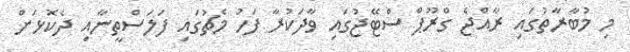
މި މުބާރާތުގައި ރާއްޖެ ގްރޫޕް ސްޓޭޖުގައި ވާދަކުރާ ފަހު މެޗުގައި ފަލަސްތީނާއި ދެކޮޅަށް